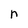
Character: n